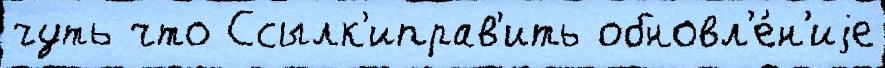
чуть что Ссылк'иправ'ить обновл'е́н'иjе